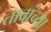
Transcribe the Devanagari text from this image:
तावांच्या